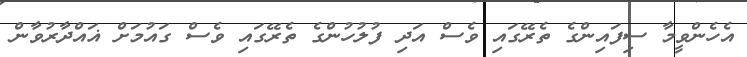
އެހެންވީމާ ސިފައިންގެ ތެރޭގައި ވެސް އަދި ފުލުހުންގެ ތެރޭގައި ވެސް ގައުމަށް ޣައްދާރުވާން